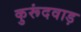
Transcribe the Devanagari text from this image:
कुरूंदवाड़